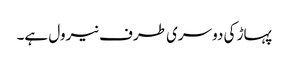
پہاڑ کی دوسری طرف نیرول ہے۔